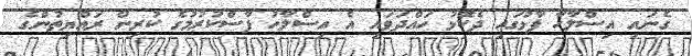
ގެނައި އިސްލާހާ ފާޅުގައި ދެކޮޅު ހައްދަވައި އެ އިސްލާހު ފާސްކުރުމުގެ ކުރިން ރައްޔިތުންގެ